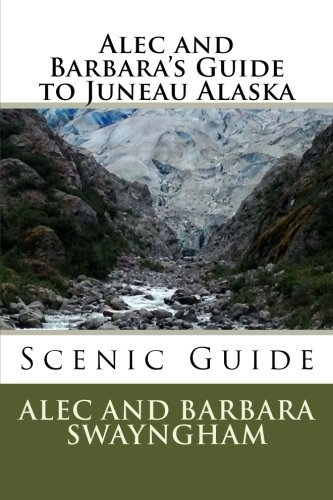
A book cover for Alec and Barbara's Guide to Juneau Alaska; Mr Alec Swayngham; Travel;